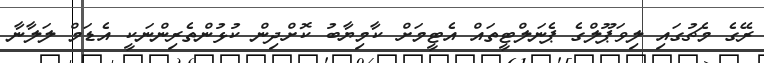
ރޭގެ މެޗުގައި ލިވަޕޫލްގެ ޕެނަލްޓީތައް އެޓީމަށް ކާމިޔާބު ކޮށްދިން ކުޅުންތެރިންނަކީ އެޑަމް ލަލާނާ